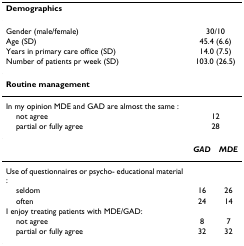
<table><thead><tr><td colspan="3"><b>Demographics</b></td></tr></thead><tbody><tr><td>Gender (male/female)</td><td colspan="2">30/10</td></tr><tr><td>Age (SD)</td><td colspan="2">45.4 (6.6)</td></tr><tr><td>Years in primary care office (SD)</td><td colspan="2">14.0 (7.5)</td></tr><tr><td>Number of patients pr week (SD)</td><td colspan="2">103.0 (26.5)</td></tr><tr><td colspan="3"><b>Routine management</b></td></tr><tr><td>In my opinion MDE and GAD are almost the same :</td><td></td><td></td></tr><tr><td> not agree</td><td colspan="2">12</td></tr><tr><td> partial or fully agree</td><td colspan="2">28</td></tr><tr><td></td><td><b><i>GAD</i></b></td><td><b><i>MDE</i></b></td></tr><tr><td>Use of questionnaires or psycho- educational material :</td><td></td><td></td></tr><tr><td> seldom</td><td>16</td><td>26</td></tr><tr><td> often</td><td>24</td><td>14</td></tr><tr><td>I enjoy treating patients with MDE/GAD:</td><td></td><td></td></tr><tr><td> not agree</td><td>8</td><td>7</td></tr><tr><td> partial or fully agree</td><td>32</td><td>32</td></tr></tbody></table>